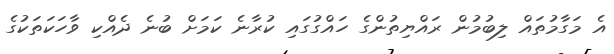
އެ މަގާމުތައް ލިބުމުން ރައްޔިތުންގެ ހައްގުގައި ކުރާނެ ކަމަށް ބުނެ ދެއްކި ވާހަކަތަކުގެ